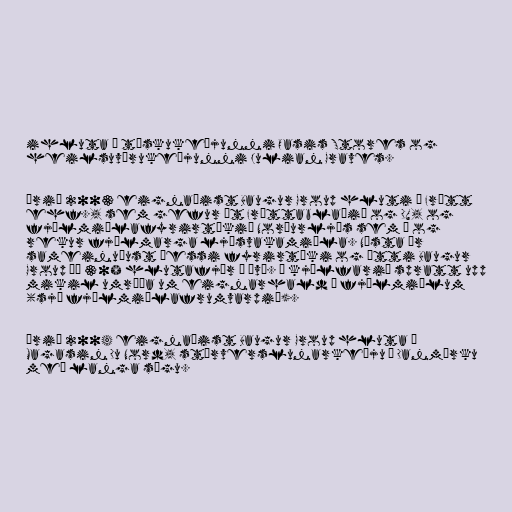
ihluta í tískukeðjunni Oasis Stores og
heilsuvörukeðjunni Julian Graves.

Árið 2003 eignaðist Baugur Group hluti í Frétt
ehf., sem gefur út Fréttablaðið og DV, og
fjölmiðlafyrirtækið Norðurljós sem á og
rekur fjölmarga ljósvakamiðla. Næsta ár
sameinuðust þessi fyrirtæki og átti Baugur
Group þá 30% hlutafjár í því. Í kjölfarið spratt upp
mikil umræða um eignarhald á fjölmiðlum
(sjá fjölmiðlafrumvarpið).

Árið 2004 eignaðist Baugur Group hluta í
Magasin Du Nord, stórverslunarkeðju í Danmörku
með langa sögu.